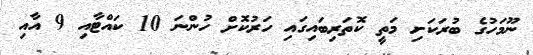
ނޫމަހުގެ ބުރަކަށި މަތީ ކޮތަރިބައިގައި ހަރުކޮށް ހުންނަ 10 ކައްޓާއި 9 އާއި